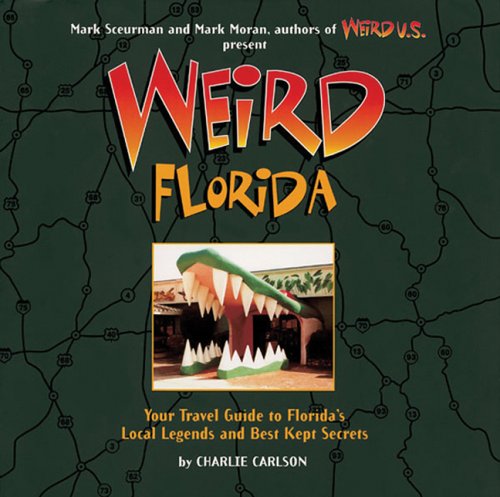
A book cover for Weird Florida; Charlie Carlson; Travel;